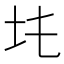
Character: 𡉒